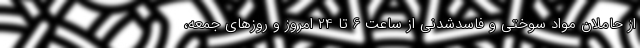
از حاملان مواد سوختی و فاسدشدنی از ساعت 6 تا 24 امروز و روزهای جمعه،